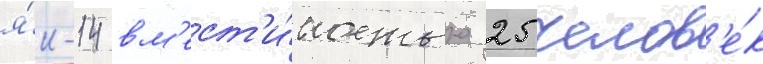
я́к-14 вм'ест'и́мостью 25 челов'е́к